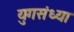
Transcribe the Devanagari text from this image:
युगसंध्या